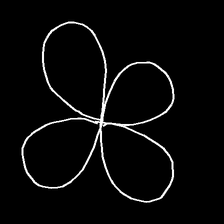
Glyph: billowing